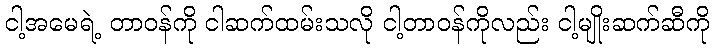
ငါ့အမေရဲ့ တာဝန်ကို ငါဆက်ထမ်းသလို ငါ့တာဝန်ကိုလည်း ငါ့မျိုးဆက်ဆီကို